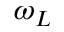
\omega _ { L }